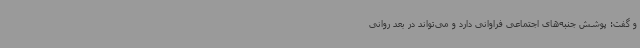
و گفت: پوشش جنبه‌های اجتماعی فراوانی دارد و می‌تواند در بعد روانی